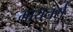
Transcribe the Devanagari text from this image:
मायनर्स